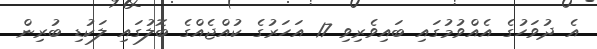
އެ ދުވަހުގެ އެއްވުމުގައި ބައިވެރިވި 17 އަހަރުގެ ކުއްޖެއްގެ ބޮލުގައި ލަކުޑި ބުރިން